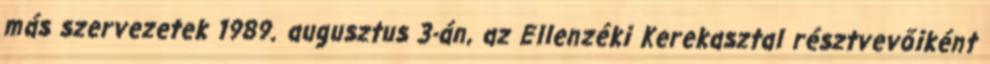
más szervezetek 1989. augusztus 3-án, az Ellenzéki Kerekasztal résztvevőiként